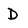
Character: D